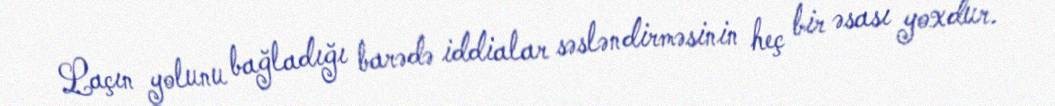
Laçın yolunu bağladığı barədə iddialar səsləndirməsinin heç bir əsası yoxdur.